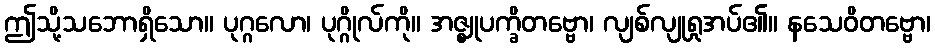
ဤသို့သဘောရှိသော။ ပုဂ္ဂလော၊ ပုဂ္ဂိုလ်ကို။ အဇ္ဈုပက္ခိတဗ္ဗော၊ လျစ်လျုရှုအပ်၏။ နသေဝိတဗ္ဗော၊